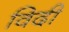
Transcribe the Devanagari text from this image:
विदी